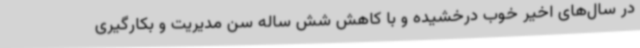
در سال‌های اخیر خوب درخشیده و با کاهش شش ساله سن مدیریت و بکارگیری